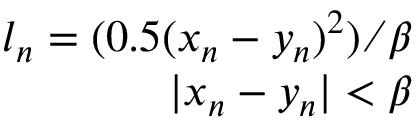
\begin{array} { r } { l _ { n } = ( 0 . 5 ( x _ { n } - y _ { n } ) ^ { 2 } ) ⁄ \beta } \\ { | x _ { n } - y _ { n } | < \beta } \end{array}